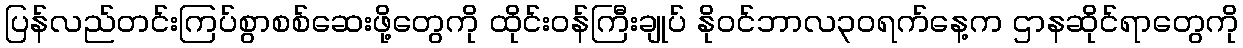
ပြန်လည်တင်းကြပ်စွာစစ်ဆေးဖို့တွေကို ထိုင်းဝန်ကြီးချုပ် နိုဝင်ဘာလ၃၀ရက်နေ့က ဌာနဆိုင်ရာတွေကို